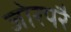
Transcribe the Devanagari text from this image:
जोरपरै